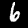
Digit: 6